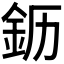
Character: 𬫂